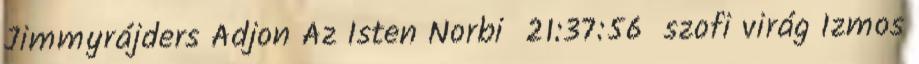
Jimmyrájders Adjon Az Isten Norbi 21:37:56 szofi virág Izmos